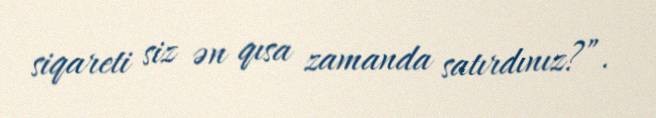
siqareti siz ən qısa zamanda satırdınız?”.